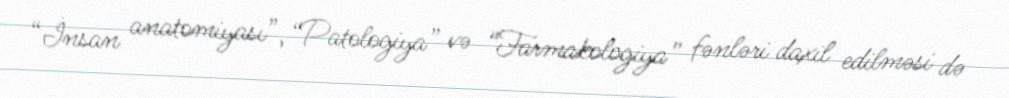
“İnsan anatomiyası”, “Patologiya” və “Farmakologiya” fənləri daxil edilməsi də